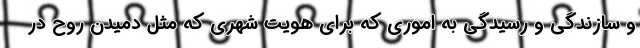
و سازندگی و رسیدگی به اموری که برای هویت شهری که مثل دمیدن روح در